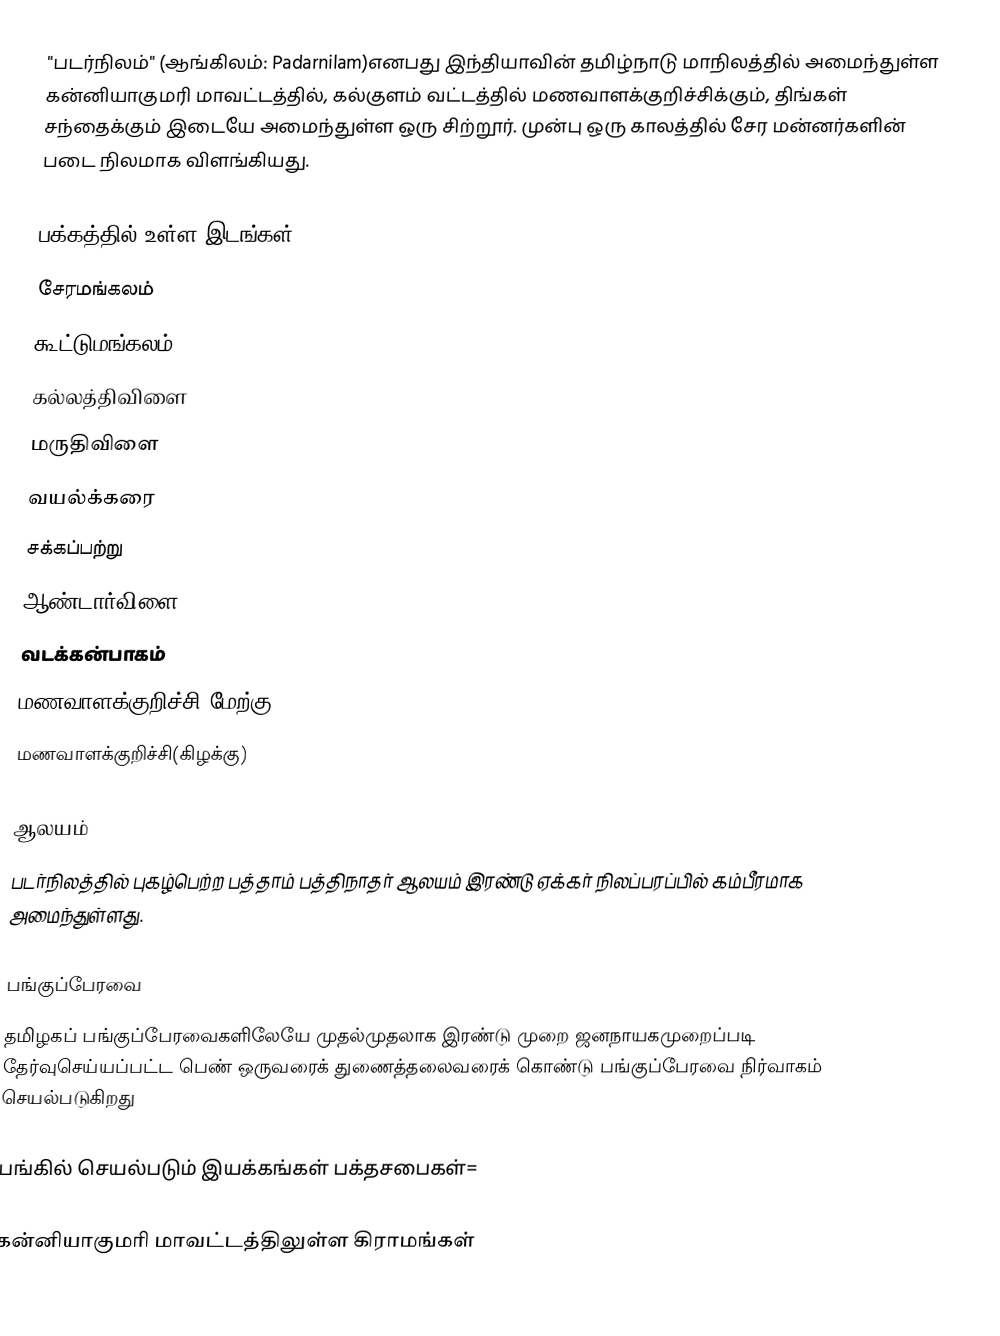
"படர்நிலம்" (ஆங்கிலம்: Padarnilam)எனபது இந்தியாவின் தமிழ்நாடு மாநிலத்தில் அமைந்துள்ள கன்னியாகுமரி மாவட்டத்தில், கல்குளம் வட்டத்தில் மணவாளக்குறிச்சிக்கும், திங்கள் சந்தைக்கும் இடையே அமைந்துள்ள ஒரு சிற்றூர். முன்பு ஒரு காலத்தில் சேர மன்னர்களின் படை நிலமாக விளங்கியது.

பக்கத்தில் உள்ள இடங்கள்
சேரமங்கலம்
கூட்டுமங்கலம்
கல்லத்திவிளை
மருதிவிளை
வயல்க்கரை
சக்கப்பற்று
ஆண்டார்விளை
வடக்கன்பாகம்
மணவாளக்குறிச்சி(மேற்கு)
மணவாளக்குறிச்சி(கிழக்கு)

ஆலயம்
படர்நிலத்தில் புகழ்பெற்ற பத்தாம் பத்திநாதர் ஆலயம் இரண்டு ஏக்கர் நிலப்பரப்பில் கம்பீரமாக அமைந்துள்ளது.

பங்குப்பேரவை
தமிழகப் பங்குப்பேரவைகளிலேயே முதல்முதலாக இரண்டு முறை ஜனநாயகமுறைப்படி தேர்வுசெய்யப்பட்ட பெண் ஒருவரைக் துணைத்தலைவரைக் கொண்டு பங்குப்பேரவை நிர்வாகம் செயல்படுகிறது

பங்கில் செயல்படும் இயக்கங்கள் பக்தசபைகள்=

கன்னியாகுமரி மாவட்டத்திலுள்ள கிராமங்கள்